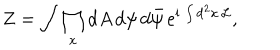
LaTeX: Z = \int \prod _ { x } \mathrm { d } A \, \mathrm { d } \psi \, \mathrm { d } { \bar { \psi } } \, e ^ { \mathrm { i } \, \int \mathrm { d } ^ { 2 } x \, { \cal L } } ,